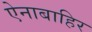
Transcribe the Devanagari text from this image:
ऐनाबाहिर